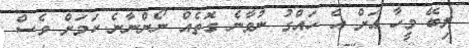
ލިބޭ މީހާ އަށް އެ ހައްގު ނުވާނެ ގޮތެއް ނޯންނާނެ ކަމަށް ވެސް